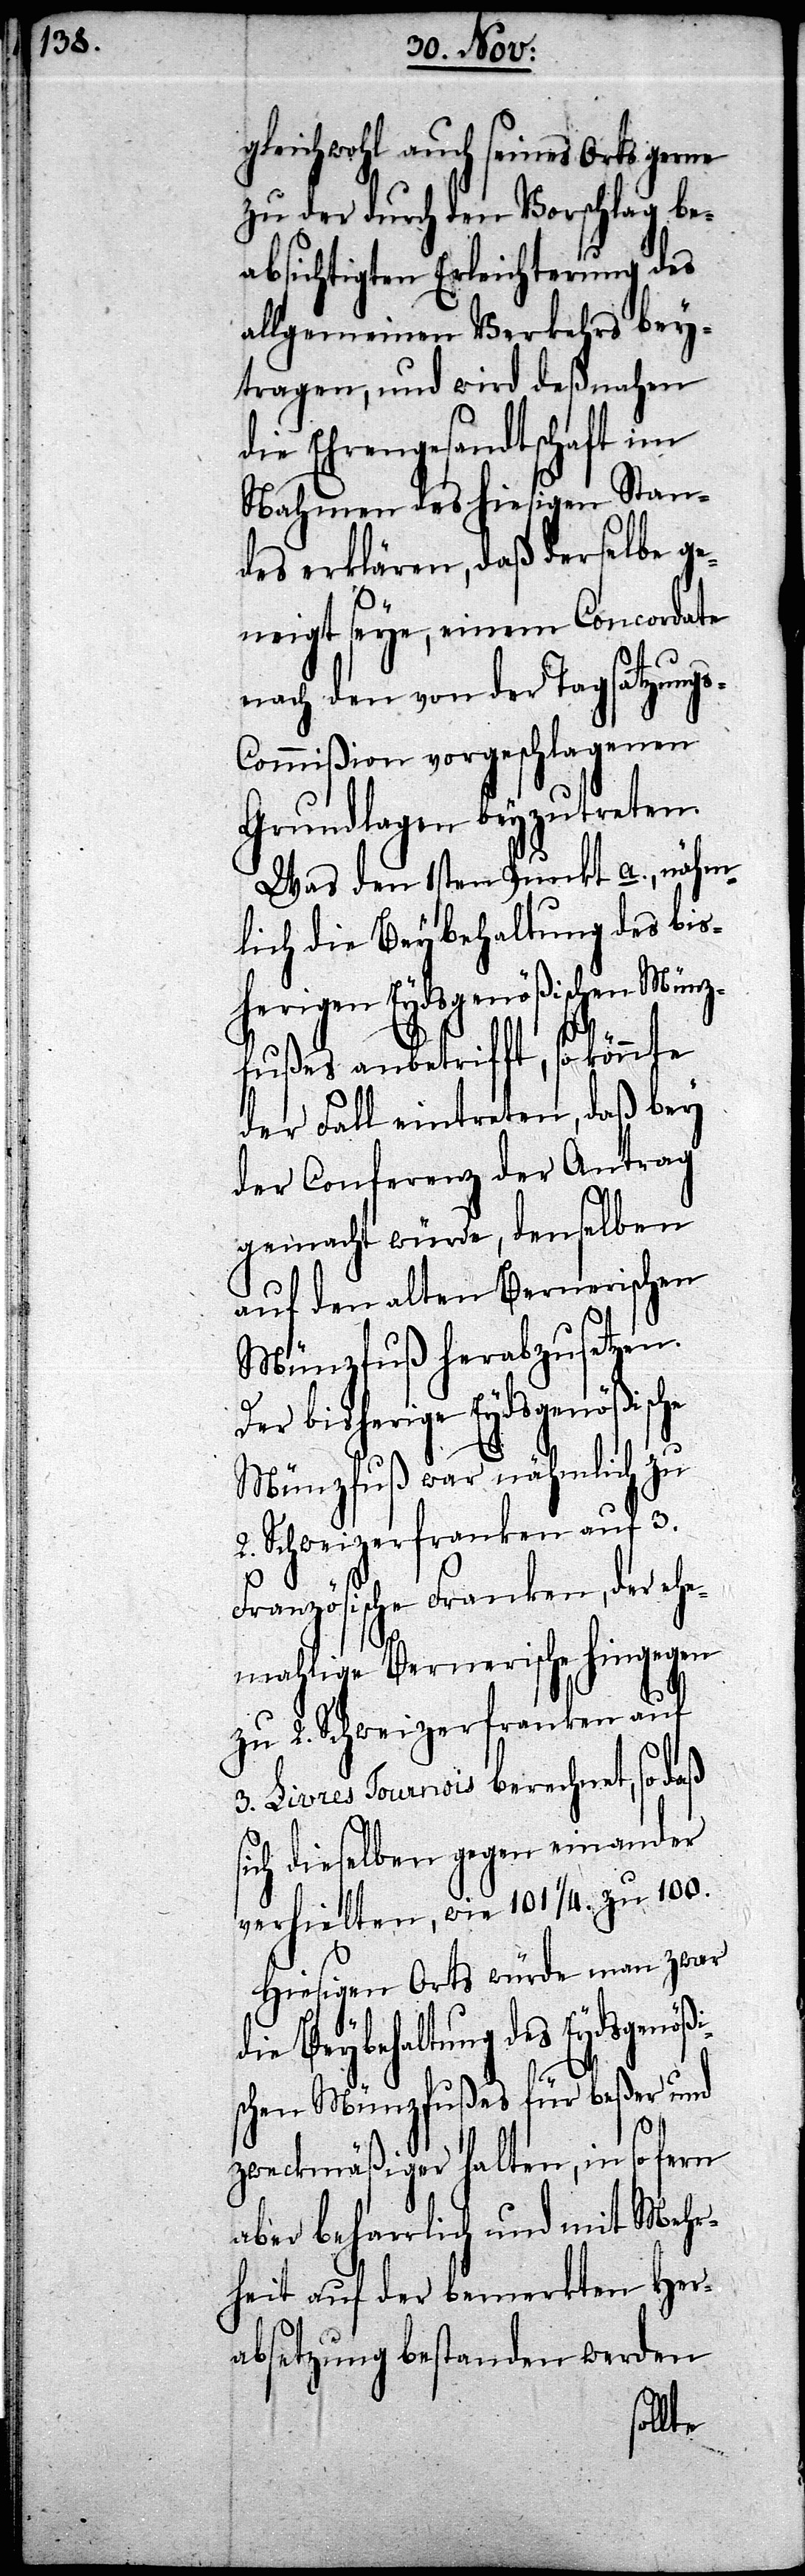
gleichwohl auch seines Orts gerne
zu der durch den Vorschlag be¬
absichtigten Erleichterung des
allgemeinen Verkehrs bey¬
tragen, und wird deßnahen
die Ehrengesandtschaft im
Nahmen des hiesigen Stan¬
des erklären, daß derselbe ge¬
neigt seye, einem Concordate
nach den von der Tagsatzung¬
ommißion vorgeschlagenen
Grundlagen beyzutreten.
Was den 1sten Punkt a., nähm¬
lich die Beybehaltung des bis¬
herigen Eydsgenößischen Münz¬
fußes anbetrifft, so könnte
der Fall eintreten, daß bey
der Conferenz der Antrag
gemacht würde, denselben
auf den alten Bernerischen
Münzfuß herabzusetzen.
Der bisherige Eydsgenößische
Münzfuß war nähmlich zu
2. Schweizerfranken auf 3.
Französische Franken, der ehe¬
mahlige Bernerische hingegen
zu 2. Schweizerfranken auf
3. Livres Tournois berechnet, so daß
sich dieselben gegen einander
verhielten, wie 101 1/4. zu 100.
Hiesigen Orts würde man zwar
die Beybehaltung des Eydsgen¬
schen Münzfußes für beßer und
zweckmäßiger halten, in so fern
aber beharrlich und mit Mehr¬
heit auf der bemerkten Her¬
absetzung bestanden werden
ößi¬